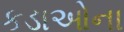
કડાઓના